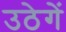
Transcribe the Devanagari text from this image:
उठेगें